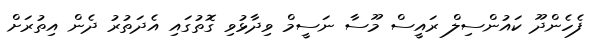
ފެހެންދޫ ކައުންސިލް ރައީސް މޫސާ ނަސީމް ވިދާޅުވި ގޮތުގައި އެދަތުރު ދެން އިތުރަށް